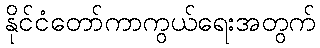
နိုင်ငံတော်ကာကွယ်ရေးအတွက်